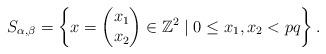
LaTeX: \begin{align*}S_{\alpha, \beta}=\left\{ x=\left(\begin{matrix}x_{1}\\x_{2}\end{matrix}\right) \in \mathbb{Z}^{2}\mid 0\leq x_{1}, x_{2} <pq \right\}.\end{align*}